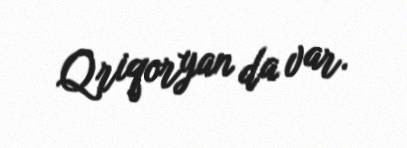
Qriqoryan da var.